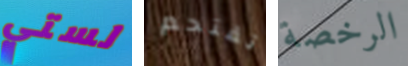
لستي تقتحم الرخصة